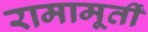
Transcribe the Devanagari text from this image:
रामामूर्ती